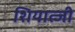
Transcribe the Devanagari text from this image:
शियात्जी